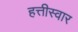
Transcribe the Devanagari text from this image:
हत्तीस्वार